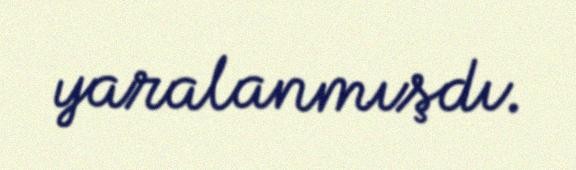
yaralanmışdı.